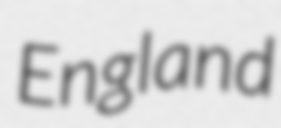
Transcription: England